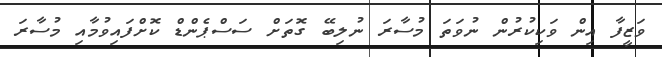
ވަޒީފާ އިން ވަކިކުރުން ނުވަތަ މުސާރަ ނުލިބޭ ގޮތަށް ސަސްޕެންޑް ކޮށްފައިވުމާއި މުސާރަ